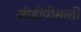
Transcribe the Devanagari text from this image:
जीडीपीसाठी